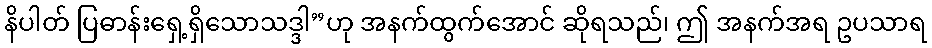
နိပါတ် ပြဓာန်းရှေ့ရှိသောသဒ္ဒါ”ဟု အနက်ထွက်အောင် ဆိုရသည်၊ ဤ အနက်အရ ဥပသာရ